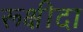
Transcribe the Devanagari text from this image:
रूक्षीदा